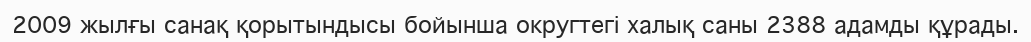
2009 жылғы санақ қорытындысы бойынша округтегі халық саны 2388 адамды құрады.